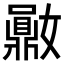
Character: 𪔈